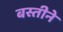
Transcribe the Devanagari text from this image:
बस्तीने